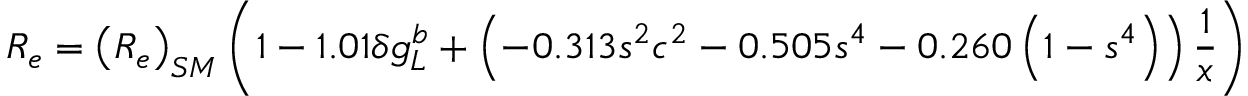
R _ { e } = \left( R _ { e } \right) _ { S M } \left( 1 - 1 . 0 1 \delta g _ { L } ^ { b } + \left( - 0 . 3 1 3 s ^ { 2 } c ^ { 2 } - 0 . 5 0 5 s ^ { 4 } - 0 . 2 6 0 \left( 1 - s ^ { 4 } \right) \right) { \frac { 1 } { x } } \right)